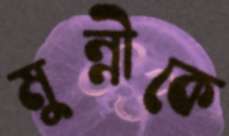
মুন্নীকে